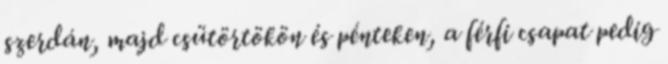
szerdán, majd csütörtökön és pénteken, a férfi csapat pedig